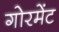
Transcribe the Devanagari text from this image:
गोरमेंट